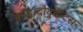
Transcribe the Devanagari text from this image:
क्वाद्रादोयुवेन्टस